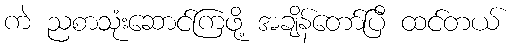
ကဲ ညစာသုံးဆောင်ကြဖို့ အချိန်တော်ပြီ ထင်တယ်